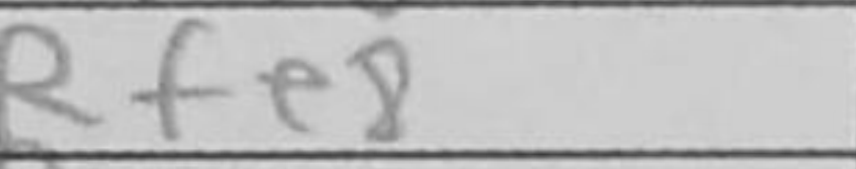
Transcription: Rfe8